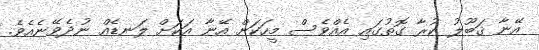
އޭނާ ޤަބޫލު ކުރާ ގޮތުގައި އެއްވެސް މީހަކަށް އޭނާ އަކަށް ލަނޑެއް ނުދެވޭނެއެވެ.